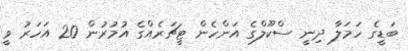
ބަޑީގެ ހަމަލާ ދިނީ ސްކޫލްގެ އަންހެން ޓީޗަރެއްގެ އުމުރުން 20 އަހަރު ވީ